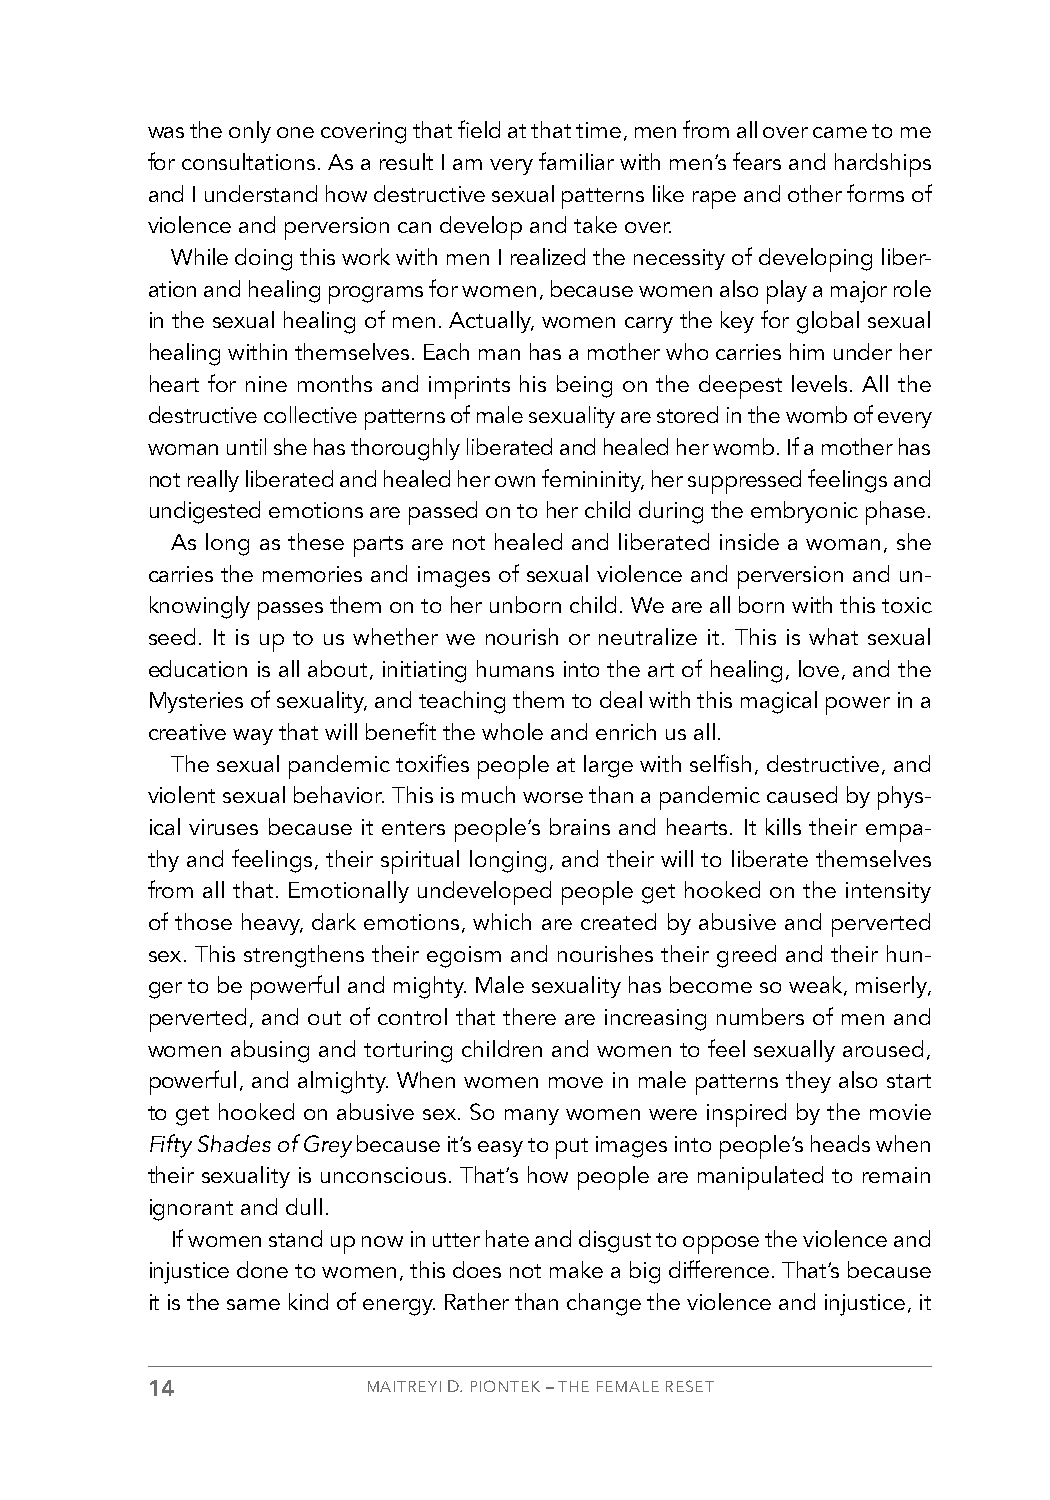
was the only one covering that field at that time, men from all over came to me
 for consultations. As a result I am very familiar with men’s fears and hardships
 and I understand how destructive sexual patterns like rape and other forms of
 violence and perversion can develop and take over.
 While doing this work with men I realized the necessity of developing liber-
 ation and healing programs for women, because women also play a major role
 in the sexual healing of men. Actually, women carry the key for global sexual
 healing within themselves. Each man has a mother who carries him under her
 heart for nine months and imprints his being on the deepest levels. All the
 destructive collective patterns of male sexuality are stored in the womb of every
 woman until she has thoroughly liberated and healed her womb. If a mother has
 not really liberated and healed her own femininity, her suppressed feelings and
 undigested emotions are passed on to her child during the embryonic phase.
 As long as these parts are not healed and liberated inside a woman, she
 carries the memories and images of sexual violence and perversion and un-
 knowingly passes them on to her unborn child. We are all born with this toxic
 seed. It is up to us whether we nourish or neutralize it. This is what sexual
 education is all about, initiating humans into the art of healing, love, and the
 Mysteries of sexuality, and teaching them to deal with this magical power in a
 creative way that will benefit the whole and enrich us all.
 The sexual pandemic toxifies people at large with selfish, destructive, and
 violent sexual behavior. This is much worse than a pandemic caused by phys-
 ical viruses because it enters people’s brains and hearts. It kills their empa-
 thy and feelings, their spiritual longing, and their will to liberate themselves
 from all that. Emotionally undeveloped people get hooked on the intensity
 of those heavy, dark emotions, which are created by abusive and perverted
 sex. This strengthens their egoism and nourishes their greed and their hun-
 ger to be powerful and mighty. Male sexuality has become so weak, miserly,
 perverted, and out of control that there are increasing numbers of men and
 women abusing and torturing children and women to feel sexually aroused,
 powerful, and almighty. When women move in male patterns they also start
 to get hooked on abusive sex. So many women were inspired by the movie
 Fifty Shades of Grey because it’s easy to put images into people’s heads when
 their sexuality is unconscious. That’s how people are manipulated to remain
 ignorant and dull.
 If women stand up now in utter hate and disgust to oppose the violence and
 injustice done to women, this does not make a big difference. That’s because
 it is the same kind of energy. Rather than change the violence and injustice, it
 14            MAITREYI D. PIONTEK – THE FEMALE RESET